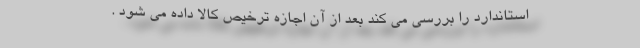
استاندارد را بررسی می کند بعد از آن اجازه ترخیص کالا داده می شود .